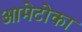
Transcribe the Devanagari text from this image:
आमेटोका